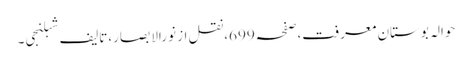
حوالہ بوستانِ معرفت،صفحہ699،نقل از نورالابصار،تالیف شبلنجی۔